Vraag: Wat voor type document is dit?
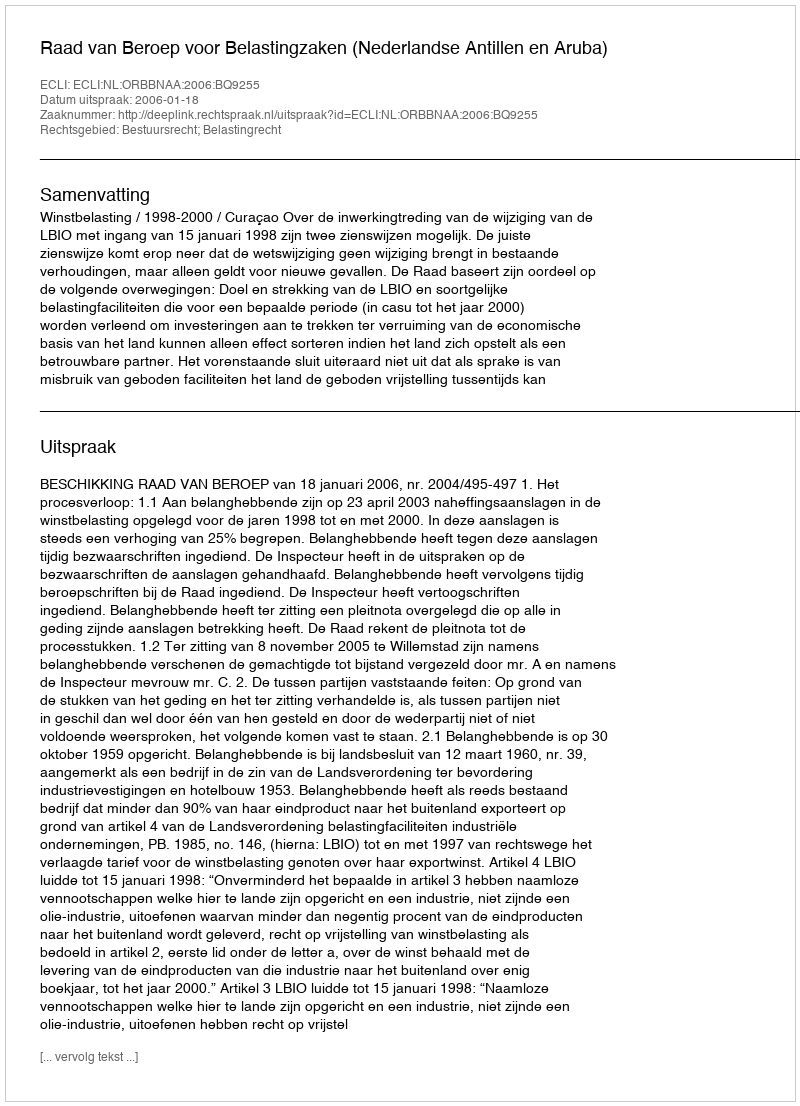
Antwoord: Uitspraak